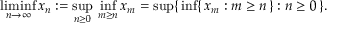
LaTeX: \operatorname* { l i m i n f } _ { n \to \infty } x _ { n } : = \operatorname* { s u p } _ { n \geq 0 } \, \operatorname* { i n f } _ { m \geq n } x _ { m } = \operatorname* { s u p } \{ \, \operatorname* { i n f } \{ \, x _ { m } : m \geq n \, \} : n \geq 0 \, \} .